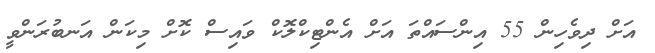
އަށް ދިވެހިން 55 އިންސައްތަ އަށް އެންޓިކްލޮކް ވައިސް ކޮށް މިކަން އަނބުރަންވީ